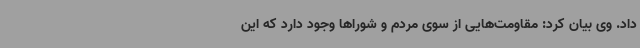
داد. وی بیان کرد: مقاومت‌هایی از سوی مردم و شوراها وجود دارد که این